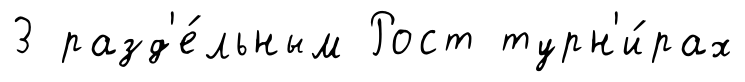
3 разд'е́льным Рост турн'и́рах